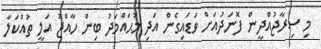
މި ސިރާޖުއްދީން ފޮނަދުއަށް ވަޑައިގެން އަދި މުޙައްމަދު ބިން ހާއްޖު އަލީ ތުއްކަލާ